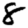
Digit: 8